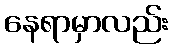
နေရာမှာလည်း